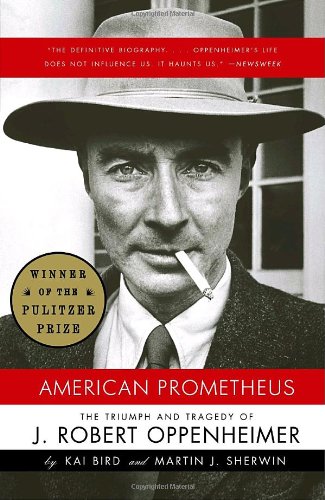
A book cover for American Prometheus: The Triumph and Tragedy of J. Robert Oppenheimer; Kai Bird; Science & Math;